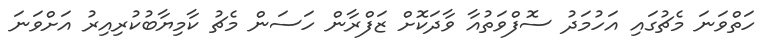
ހަތްވަނަ މެޗުގައި އަހުމަދު ސޮފްވަތުއާ ވާދަކޮށް ޒަފްރާން ހަސަން މެޗު ކާމިޔާބުކުރިއިރު އަށްވަނަ